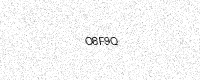
Text: O8F9Q